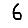
Digit: 6